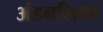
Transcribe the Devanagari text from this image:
अंडनलिका